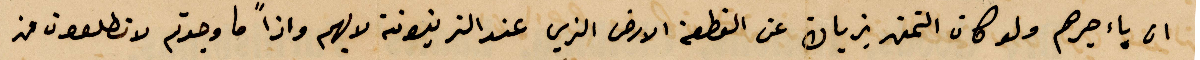
باءجرهم ولو كان التمن يزيان عن القطعة الأرض الذي عند الزيتونة لا يهو واذًا ما وجدتم لا تطلعون من